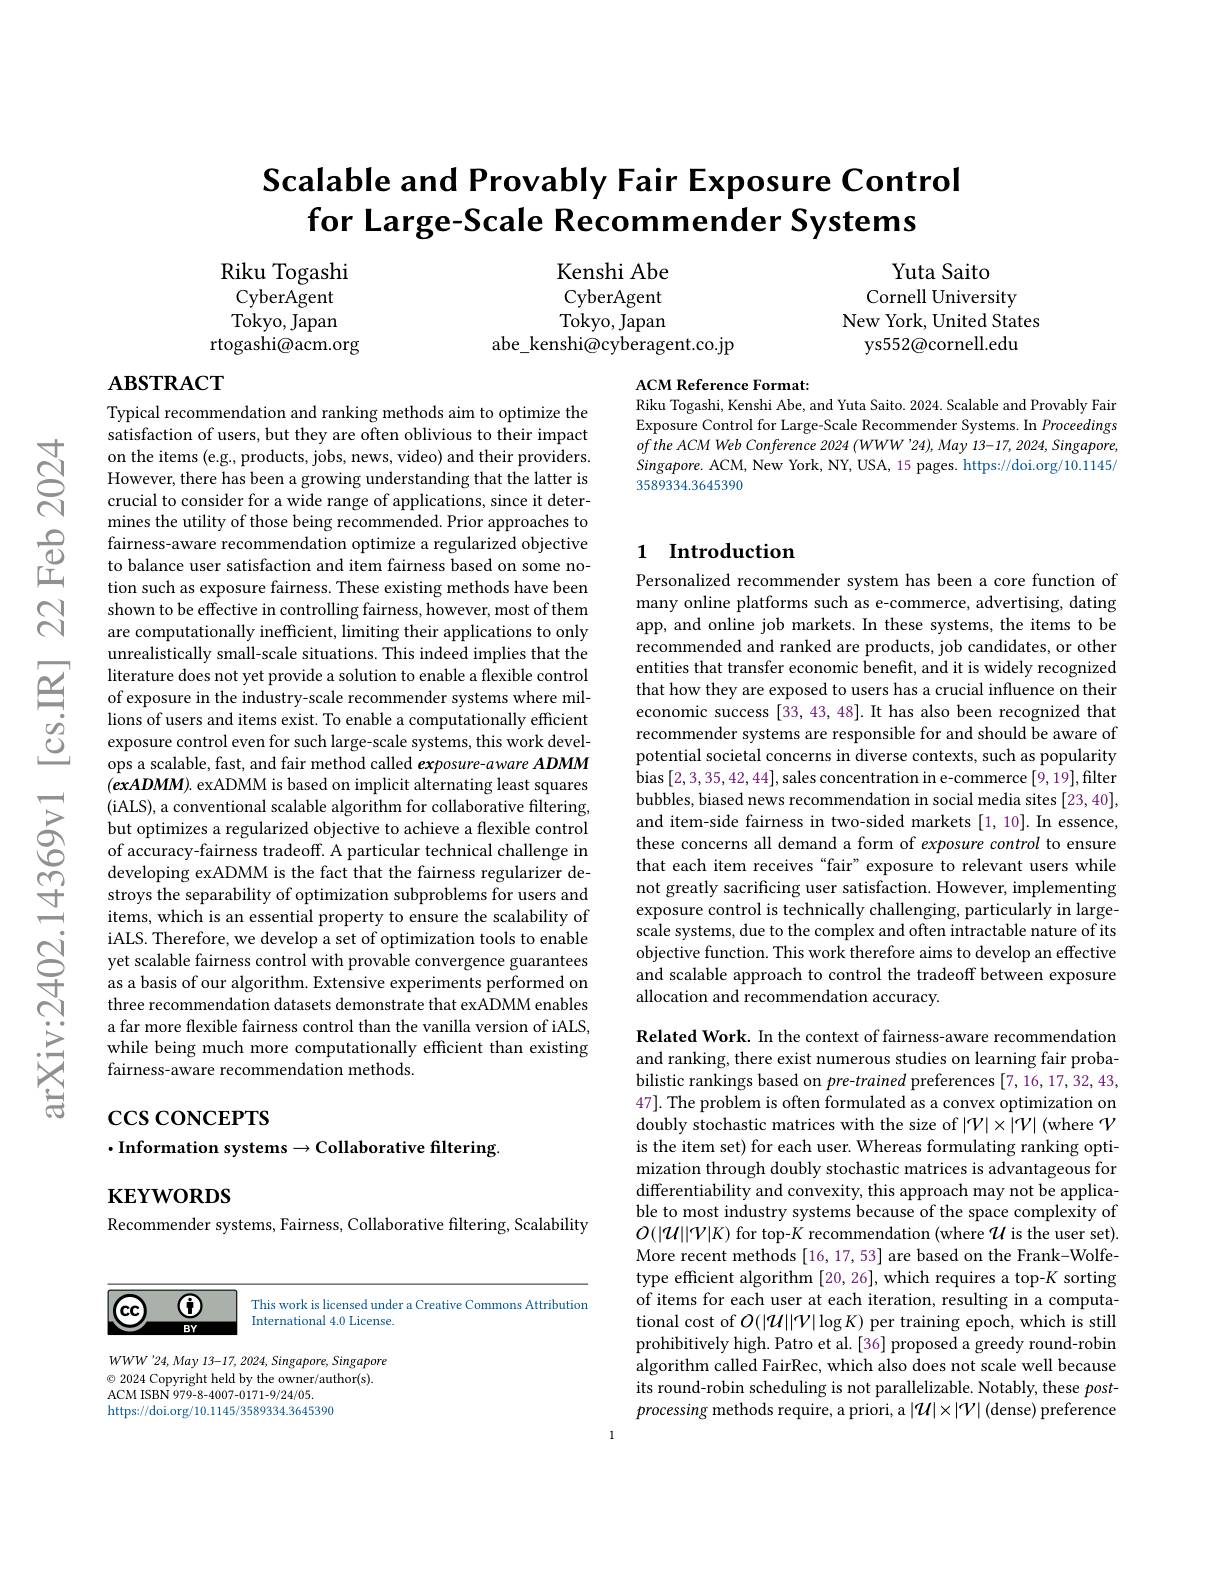
$స్రి$

$હું$

# $\textbf{Scalable and Provably Fair Exposure Control}$ for Large-Scale Recommender Systems

Yuta Saito
Cornell University
New York, United States
ys552@cornell.edu

Riku Togashi CyberAgent Tokyo, Japan
rtogashi@acm.org

Kenshi Abe CyberAgent Tokyo, Japan
abe\_kenshi@cyberagent.co.jp

# $\mathbf{ABSTRACT}$

ACM Reference Format:
Riku Togashi, Kenshi Abe, and Yuta Saito. 2024. Scalable and Provably Fair

Exposure Control for Large-Scale Recommender Systems. In Proceedings oftheACMWeb Conference 2024 (WWW'24),May 13-17, 2024, Singapore, $\dot{Singapore}.$ ACM, New York, NY, USA, 15 pages. https://doi.org/10.1145/ 3589334.3645390

### 1 Introduction

Typical recommendation and ranking methods aim to optimize the satisfaction of users, but they are often oblivious to their impact on the items (e.g., products, jobs, news, video) and their providers. However, there has been a growing understanding that the latter is crucial to consider for a wide range of applications, since it determines the utility of those being recommended. Prior approaches to
$\begin{array}{lll}&\text{fairness-aware recommendation optimize a regularized objective}\\\textcircled{1}&\text{to balance user satisfaction and item fairness based on some no-}\\&\text{tion such as exnosure fairness.These existing methods have been}\end{array}$
tion such as exposure fairness. These existing methods have been shown to be effective in controlling fairness, however, most of them are computationally inefficient, limiting their applications to only unrealistically small-scale situations. This indeed implies that the
literature does not yet provide a solution to enble a flexible control entities that transfer economic benefft, and it is widely recognized of exposure in the industry- scale recommender systems where mil- that how they are exposed to users
exposure control even for such large-scale systems, this work develops a scalable, fast, and fair method called exposure- aware ADMM $(\boldsymbol{ex}ADMM).$ exADMM is based on implicit alternating least squares (iALS), a conventional scalable algorithm for collaborative filtering, but optimizes a regularized objective to achieve a flexible control of accuracy-fairness tradeoff. A particular technical challenge in developing exADMM is the fact that the fairness regularizer destroys the separability of optimization subproblems for users and items, which is an essential property to ensure the scalability of
three recommendation datasets demonstrate that exADMM enables a far more flexible fairness control than the vanilla version of iALS, while being much more computationally efficient than existing fairness-aware recommendation methods.

Personalized recommender system has been a core function of many online platforms such as e-commerce, advertising, dating app, and online job markets. In these systems, the items to be recommended and ranked are products, job candidates, or other recommender systems are responsible for and should be aware of potential societal concerns in diverse contexts, such as popularity bias [2,3,35,42,44],sales concentration in e-commerce [9,19],filter bubbles, biased news recommendation in social media sites [23,40], and item-side fairness in two-sided markets [1,10]. In essence, these concerns all demand a form of exposure control to ensure that each item receives “fair”exposure to relevant users while not greatly sacrificing user satisfaction. However, implementing exposure control is technically challenging, particularly in largescale systems, due to the complex and often intractable nature of its objective function. This work therefore aims to develop an effective and scalable approach to control the tradeoff between exposure allocation and recommendation accuracy.

# $\csc\csc$coNCEPTS
$\cdot$Information systems$\to$Collaborative filtering.

# KEYWORDS

Recommender systems, Fairness, Collaborative filtering, Scalability

Related Work. In the context of fairness-aware recommendation and ranking, there exist numerous studies on learning fair probabilistic rankings based on pre-trained preferences [7,16,17,32,43, 47]. The problem is often formulated as a convex optimization on doubly stochastic matrices with the size of $|\mathcal{V}|\times|\mathcal{V}|$ (where $\mathcal{V}$ is the item set) for each user. Whereas formulating ranking optimization through doubly stochastic matrices is advantageous for differentiability and convexity, this approach may not be applicable to most industry systems because of the space complexity of $O(|\mathcal{U}||\mathcal{V}|K)$ for top-$K$ recommendation (where $\mathcal{U}$ is the user set). More recent methods [16, 17, 53] are based on the Frank-Wolfetype efficient algorithm [20,26], which requires a top-$K$ sorting of items for each user at each iteration, resulting in a computational cost of $O(|\mathcal{U}||\mathcal{V}|\log K)$ per training epoch, which is still prohibitively high. Patro et al.[36] proposed a greedy round-robin algorithm called FairRec, which also does not scale well because its round-robin scheduling is not parallelizable. Notably, these postprocessing methods require, a priori, a $|\mathcal{U}|\times|\mathcal{V}|$ (dense) preference

$\mathbf{f}$

Ccc

This work is licensed under a Creative Commons Attribution
International 4.0 License.

$BY$

$WWW'24,May13-17,2024,Singapore,Singapore$ $\textcircled{\circ}$ 2024 Copyright held by the owner/author(s). ACM ISBN 979-8-4007-0171-9/24/05.
https://doi.org/10.1145/3589334.3645390

1